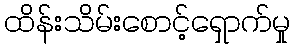
ထိန်းသိမ်းစောင့်ရှောက်မှု